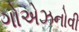
ગોએઝનોવી